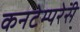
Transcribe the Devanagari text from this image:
कनटेम्परेरी